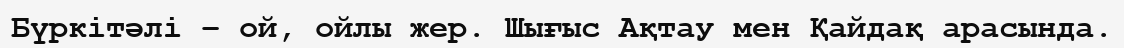
Бүркітәлі – ой, ойлы жер. Шығыс Ақтау мен Қайдақ арасында.